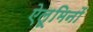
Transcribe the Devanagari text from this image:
ऐलूमिनों